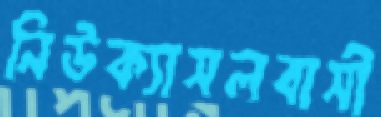
নিউক্যাসলবাসী